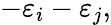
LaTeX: -\varepsilon_{i}-\varepsilon_{j},